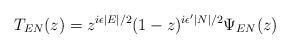
LaTeX: \begin{align*}T_{EN}(z)=z^{i\epsilon\mid E\mid/2}(1-z)^{i\epsilon'\mid N\mid/2}\Psi_{EN}(z)\end{align*}